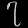
Digit: ၇